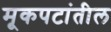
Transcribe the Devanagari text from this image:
मूकपटांतील